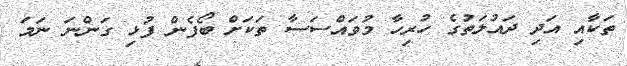
ތަކާއި އަދި ދައުލަތުގެ ހުރިހާ މުވައްސަސާ ތަކަށް ބޯފެން ފުޅި ގަންނަ ނަމަ